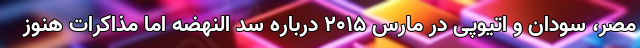
مصر، سودان و اتیوپی در مارس ۲۰۱۵ درباره سد النهضه اما مذاکرات هنوز